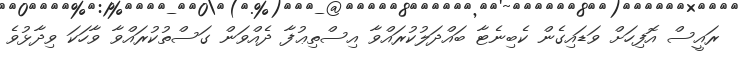
ރައީސް އޮފިހަށް ވަޑައިގެން ކެބިނެޓާ ބައްދަލުކުރައްވާ އިސްތިޢުފާ ދެއްވަން ގަސްތުކުރައްވާ ވާހަކަ ވިދާޅުވެ